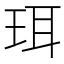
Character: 珥